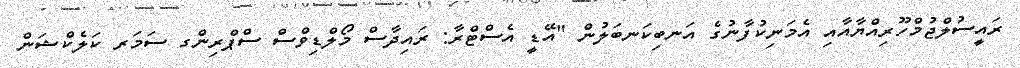
ރައީސުލްޖުމްހޫރިއްޔާއާއި އެމަނިކުފާނުގެ އަނބިކަނބަލުން "އޭޑީ އެސްޓްރާ: ރައިދާސް މޯލްޑިވްސް ސްޕްރިންގ ސަމަރ ކަލެކްޝަން